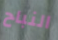
النباح